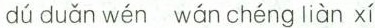
dú duǎn wén wán chéng liàn xí